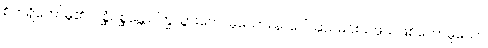
စိတ်ရှိတော်မူ၏။ ဂစ္ဆံဂစ္ဆန္တော၊ ကြွသွားတော်မူသော။ နာဂေါ၊ ဆင်မင်းသဖွယ်ဖြစ်တော်မူသော